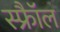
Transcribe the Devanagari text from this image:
स्फ्रैॉल